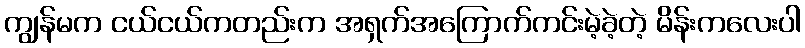
ကျွန်မက ငယ်ငယ်ကတည်းက အရှက်အကြောက်ကင်းမဲ့ခဲ့တဲ့ မိန်းကလေးပါ